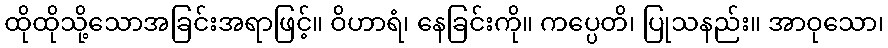
ထိုထိုသို့သောအခြင်းအရာဖြင့်။ ဝိဟာရံ၊ နေခြင်းကို။ ကပ္ပေတိ၊ ပြုသနည်း။ အာဝုသော၊